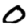
Digit: 0